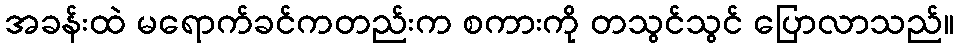
အခန်းထဲ မရောက်ခင်ကတည်းက စကားကို တသွင်သွင် ပြောလာသည်။